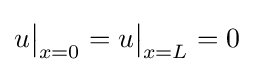
u{\big |}_{x=0}=u{\big |}_{x=L}=0